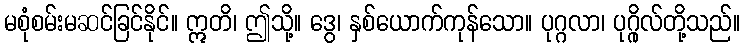
မစုံစမ်းမဆင်ခြင်နိုင်။ ဣတိ၊ ဤသို့။ ဒွေ၊ နှစ်ယောက်ကုန်သော။ ပုဂ္ဂလာ၊ ပုဂ္ဂိုလ်တို့သည်။